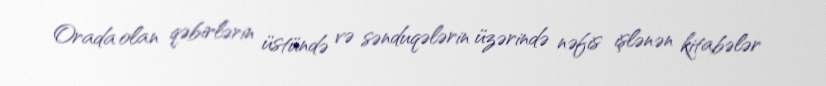
Orada olan qəbirlərin üstündə və sənduqələrin üzərində nəfis işlənən kitabələr